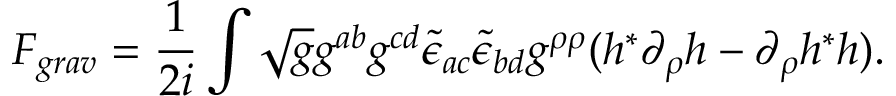
{ \cal F } _ { g r a v } = \frac { 1 } { 2 i } \int \sqrt { g } g ^ { a b } g ^ { c d } \tilde { \epsilon } _ { a c } \tilde { \epsilon } _ { b d } g ^ { \rho \rho } ( h ^ { * } \partial _ { \rho } h - \partial _ { \rho } h ^ { * } h ) .